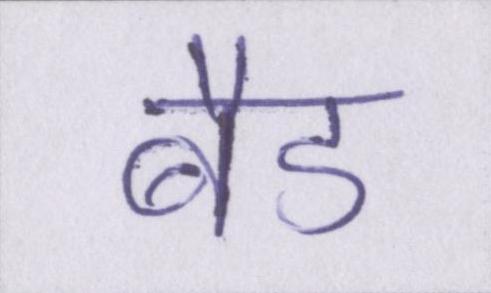
बैड